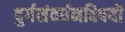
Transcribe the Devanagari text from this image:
दुर्गसंवर्धनविषयी